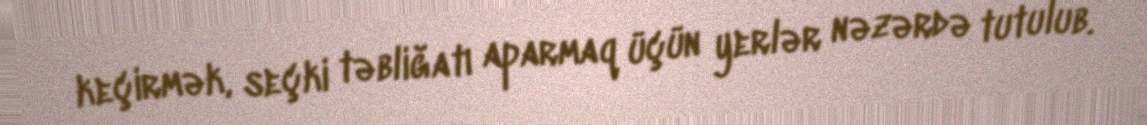
keçirmək, seçki təbliğatı aparmaq üçün yerlər nəzərdə tutulub.